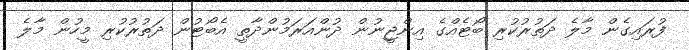
ފުރައިގެން މާލެ ދަތުރުކުރި ބޯޓެއްގެ އިންޖީނުން ދުންއަރަމުންދާތީ އެބޯޓުން ދަތުރުކުރި މީހުން މާލެ